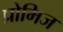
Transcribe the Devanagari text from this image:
प्रोमिज